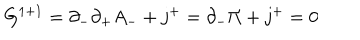
G ^ { 1 + 1 } = \partial _ { - } \partial _ { + } A _ { - } + j ^ { + } = \partial _ { - } \Pi + j ^ { + } = 0